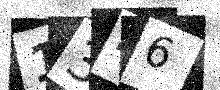
Text: 1346